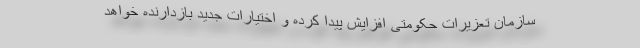
سازمان تعزیرات حکومتی افزایش پیدا کرده و اختیارات جدید بازدارنده خواهد